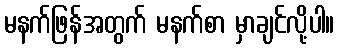
မနက်ဖြန်အတွက် မနက်စာ မှာချင်လို့ပါ။